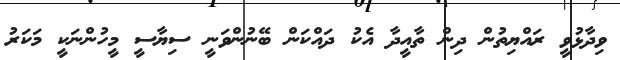
ވިދާޅުވީ ރައްޔިތުން ދިން ތާއީދާ އެކު ދައްކަން ބޭނުންވަނީ ސިޔާސީ މީހުންނަކީ މަކަރު